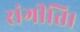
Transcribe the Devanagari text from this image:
संगीति।